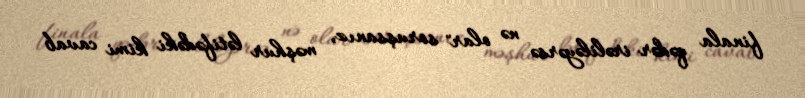
finala qədər irəliləyərsə nə olar" soruşsanız, məşhur lətifədəki kimi cavab